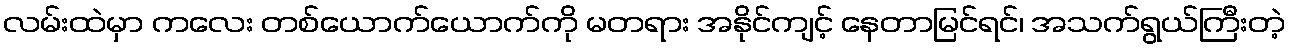
လမ်းထဲမှာ ကလေး တစ်ယောက်ယောက်ကို မတရား အနိုင်ကျင့် နေတာမြင်ရင်၊ အသက်ရွယ်ကြီးတဲ့